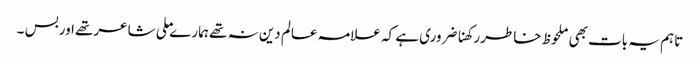
تاہم یہ بات بھی ملحوظ خاطررکھناضروری ہے کہ علامہ عالم دین نہ تھے ہمارے ملی شاعرتھے اوربس ۔